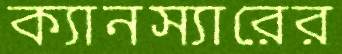
ক্যানস্যারের